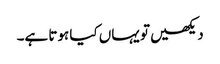
دیکھیں تو یہاں کیا ہوتا ہے۔